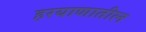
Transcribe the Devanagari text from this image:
हरयाणातील